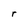
Character: r